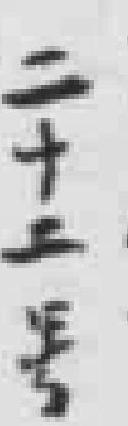
二十二号